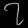
Digit: ၇